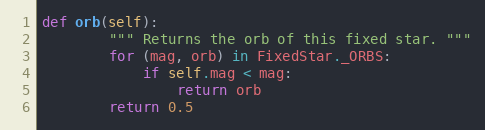
Language: Python
def orb(self):
        """ Returns the orb of this fixed star. """
        for (mag, orb) in FixedStar._ORBS:
            if self.mag < mag:
                return orb
        return 0.5